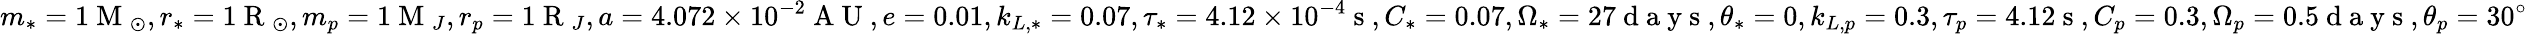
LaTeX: m_{*}=1\mathrm{~M~}_{\odot},r_{*}=1\mathrm{~R~}_{\odot},m_{p}=1\mathrm{~M~}_{J},r_{p}=1\mathrm{~R~}_{J},a=4.072\times 10^{-2}\mathrm{~A~U~},e=0.01,k_{L,*}=0.07,\tau_{*}=4.12\times 10^{-4}\mathrm{~s~},C_{*}=0.07,\Omega_{*}=27\mathrm{~d~a~y~s~},\theta_{*}=0,k_{L,p}=0.3,\tau_{p}=4.12\mathrm{~s~},C_{p}=0.3,\Omega_{p}=0.5\mathrm{~d~a~y~s~},\theta_{p}=30^{\circ}